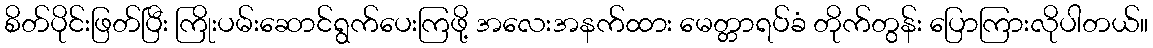
စိတ်ပိုင်းဖြတ်ပြီး ကြိုးပမ်းဆောင်ရွက်ပေးကြဖို့ အလေးအနက်ထား မေတ္တာရပ်ခံ တိုက်တွန်း ပြောကြားလိုပါတယ်။